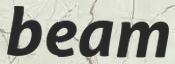
beam